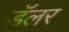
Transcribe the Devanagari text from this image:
डॅलर